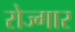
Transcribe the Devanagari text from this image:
रोज्गार